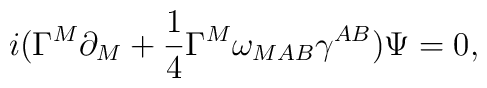
i(\Gamma^M\partial_M+{1\over 4}\Gamma^M\omega_{MAB}\gamma^{AB})\Psi=0,